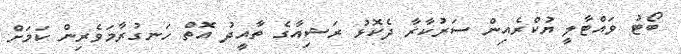
ބޯޓު ވައްޓާލީ ޔުކްރެއިން ސަރުކާރާ ދެކޮޅު ރަޝިއާގެ ތާއީދު އޮތް ހަނގުރާމަވެރިން ކަމަށް